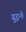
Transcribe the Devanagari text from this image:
युद्धन्ते